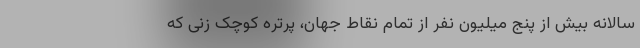
سالانه بیش از پنج میلیون نفر از تمام نقاط جهان، پرتره کوچک زنی که